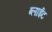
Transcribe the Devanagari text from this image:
ब्लाईट